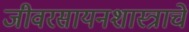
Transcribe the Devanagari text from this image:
जीवरसायनशास्त्राचे